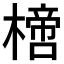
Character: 𣚌